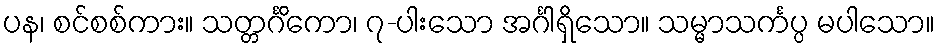
ပန၊ စင်စစ်ကား။ သတ္တင်္ဂိကော၊ ၇-ပါးသော အင်္ဂါရှိသော။ သမ္မာသင်္ကပ္ပ မပါသော။